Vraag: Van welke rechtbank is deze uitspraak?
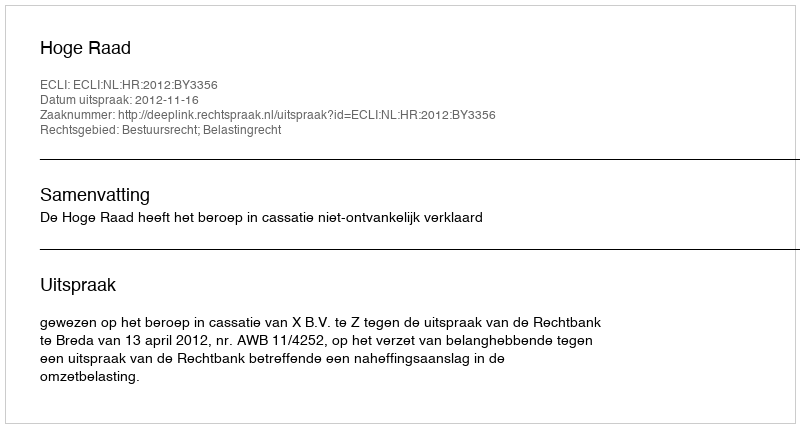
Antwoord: Hoge Raad